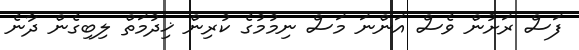
ފަސް ރަށުން ވެސް އަންނަ މަސް ނިމުމުގެ ކުރިން ޚިދުމަތް ލިބިގެން ދާނެ